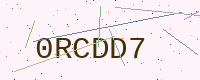
Text: 0RCDD7